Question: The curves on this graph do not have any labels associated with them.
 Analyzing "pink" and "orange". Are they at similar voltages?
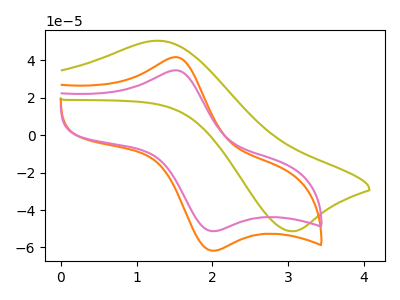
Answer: <think>The olive curve "olive" has an anodic peak at (1.30V, 50.40uA) and a cathodic peak at (3.05V, -51.35uA). The orange curve "orange" has an anodic peak at (1.50V, 41.60uA) and a cathodic peak at (2.00V, -61.75uA). The pink curve "pink" has an anodic peak at (1.50V, 34.60uA) and a cathodic peak at (2.00V, -51.35uA).
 All the peaks in "pink" have a peak in "orange" at the same potential. Every peak in "pink" is lower than every peak in "orange".</think>
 <answer>"pink" and "orange" are similar in shape.</answer>
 <eval>same_shape</eval>